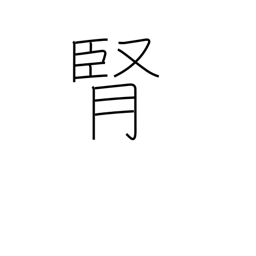
Meaning: kidney